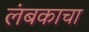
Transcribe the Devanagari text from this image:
लंबकाचा